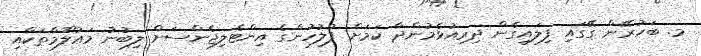
މ. ބަހުރޭން ގޭގައި ފިލައިގެން ދިރިއުޅެމުންދާ ކަމަށް ފުލުހުންގެ އިންޓެލިޖެންސަށް ލިބުނު މަޢުލޫމާތަކާއި